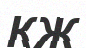
КЖ